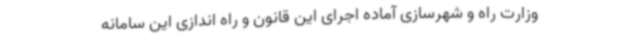
وزارت راه و شهرسازی آماده اجرای این قانون و راه اندازی این سامانه